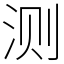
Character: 测